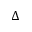
\Delta